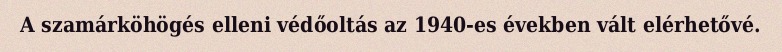
A szamárköhögés elleni védőoltás az 1940-es években vált elérhetővé.